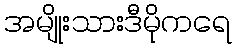
အမျိုးသားဒီမိုကရေ